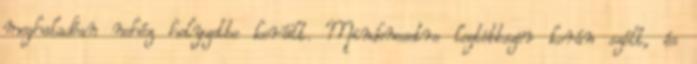
meghaladóan nehéz helyzetbe került. Mindenesetre legtöbbször korán szólt, és